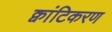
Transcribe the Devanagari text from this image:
क्वांटिकरण